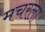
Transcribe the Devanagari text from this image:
मचरला